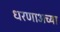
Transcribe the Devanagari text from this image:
धरणाअच्या